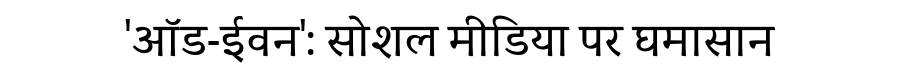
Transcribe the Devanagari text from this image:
'ऑड-ईवन': सोशल मीडिया पर घमासान